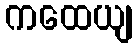
ကထေယျ